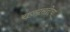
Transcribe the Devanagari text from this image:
राज्यसत्तेचा